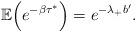
LaTeX: \begin{align*}\mathbb{E}\Big(e^{-\beta\tau^{*}}\Big)=e^{-\lambda_{+} b'}.\end{align*}